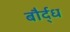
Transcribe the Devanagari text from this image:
बौर्द्ध